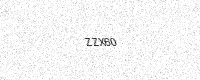
Text: ZZX60